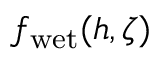
f _ { \mathrm { w e t } } ( h , \zeta )